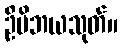
ဦမိဘယသုတ်။